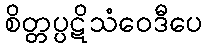
စိတ္တပ္ပဋိသံဝေဒီပေ